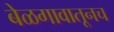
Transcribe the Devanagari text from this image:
बेळगावातूनच